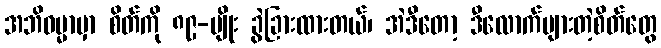
အဘိဓမ္မာမှာ စိတ်ကို ၈၉-မျိုး ခွဲခြားထားတယ်၊ အဲဒီတော့ ဒီလောက်များတဲ့စိတ်တွေ